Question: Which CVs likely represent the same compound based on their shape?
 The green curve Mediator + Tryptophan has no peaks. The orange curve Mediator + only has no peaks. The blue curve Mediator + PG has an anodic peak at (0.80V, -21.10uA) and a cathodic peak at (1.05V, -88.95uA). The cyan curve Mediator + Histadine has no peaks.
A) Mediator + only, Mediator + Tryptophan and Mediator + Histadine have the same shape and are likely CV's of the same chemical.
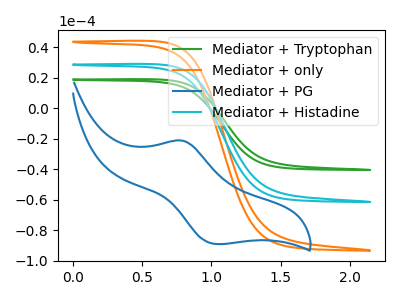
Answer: <think>Neither "Mediator + Tryptophan" or "Mediator + only" have any peaks. "Mediator + Tryptophan" and "Mediator + PG" have a different number of peaks. Neither "Mediator + Tryptophan" or "Mediator + Histadine" have any peaks. "Mediator + only" and "Mediator + PG" have a different number of peaks. Neither "Mediator + only" or "Mediator + Histadine" have any peaks. "Mediator + PG" and "Mediator + Histadine" have a different number of peaks.
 </think>
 <answer>A) "Mediator + only", "Mediator + Tryptophan" and "Mediator + Histadine" have the same shape and are likely CV's of the same chemical.</answer>
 <eval>A</eval>